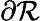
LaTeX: \partial\mathcal{R}